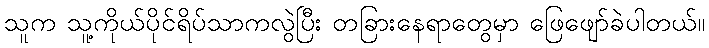
သူက သူ့ကိုယ်ပိုင်ရိပ်သာကလွဲပြီး တခြားနေရာတွေမှာ ဖြေဖျော်ခဲပါတယ်။